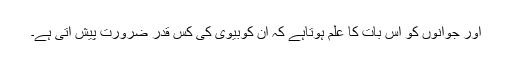
اور جوانوں کو اس بات کا علم ہوتاہے کہ اُن کوبیوی کی کس قدر ضرورت پیش آتی ہے۔